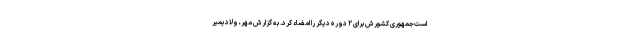
است‌جمهوری کشورش برای ۲ دوره دیگر را امضاء کرد. به گزارش مهر، ولادیمیر